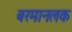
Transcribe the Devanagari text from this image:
बरमानलक